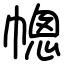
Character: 幒